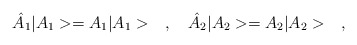
\begin{align*}\hat{A}_1|A_1>=A_1|A_1>\ \ \ ,\ \ \ \hat{A}_2|A_2>=A_2|A_2>\ \ \ ,\end{align*}